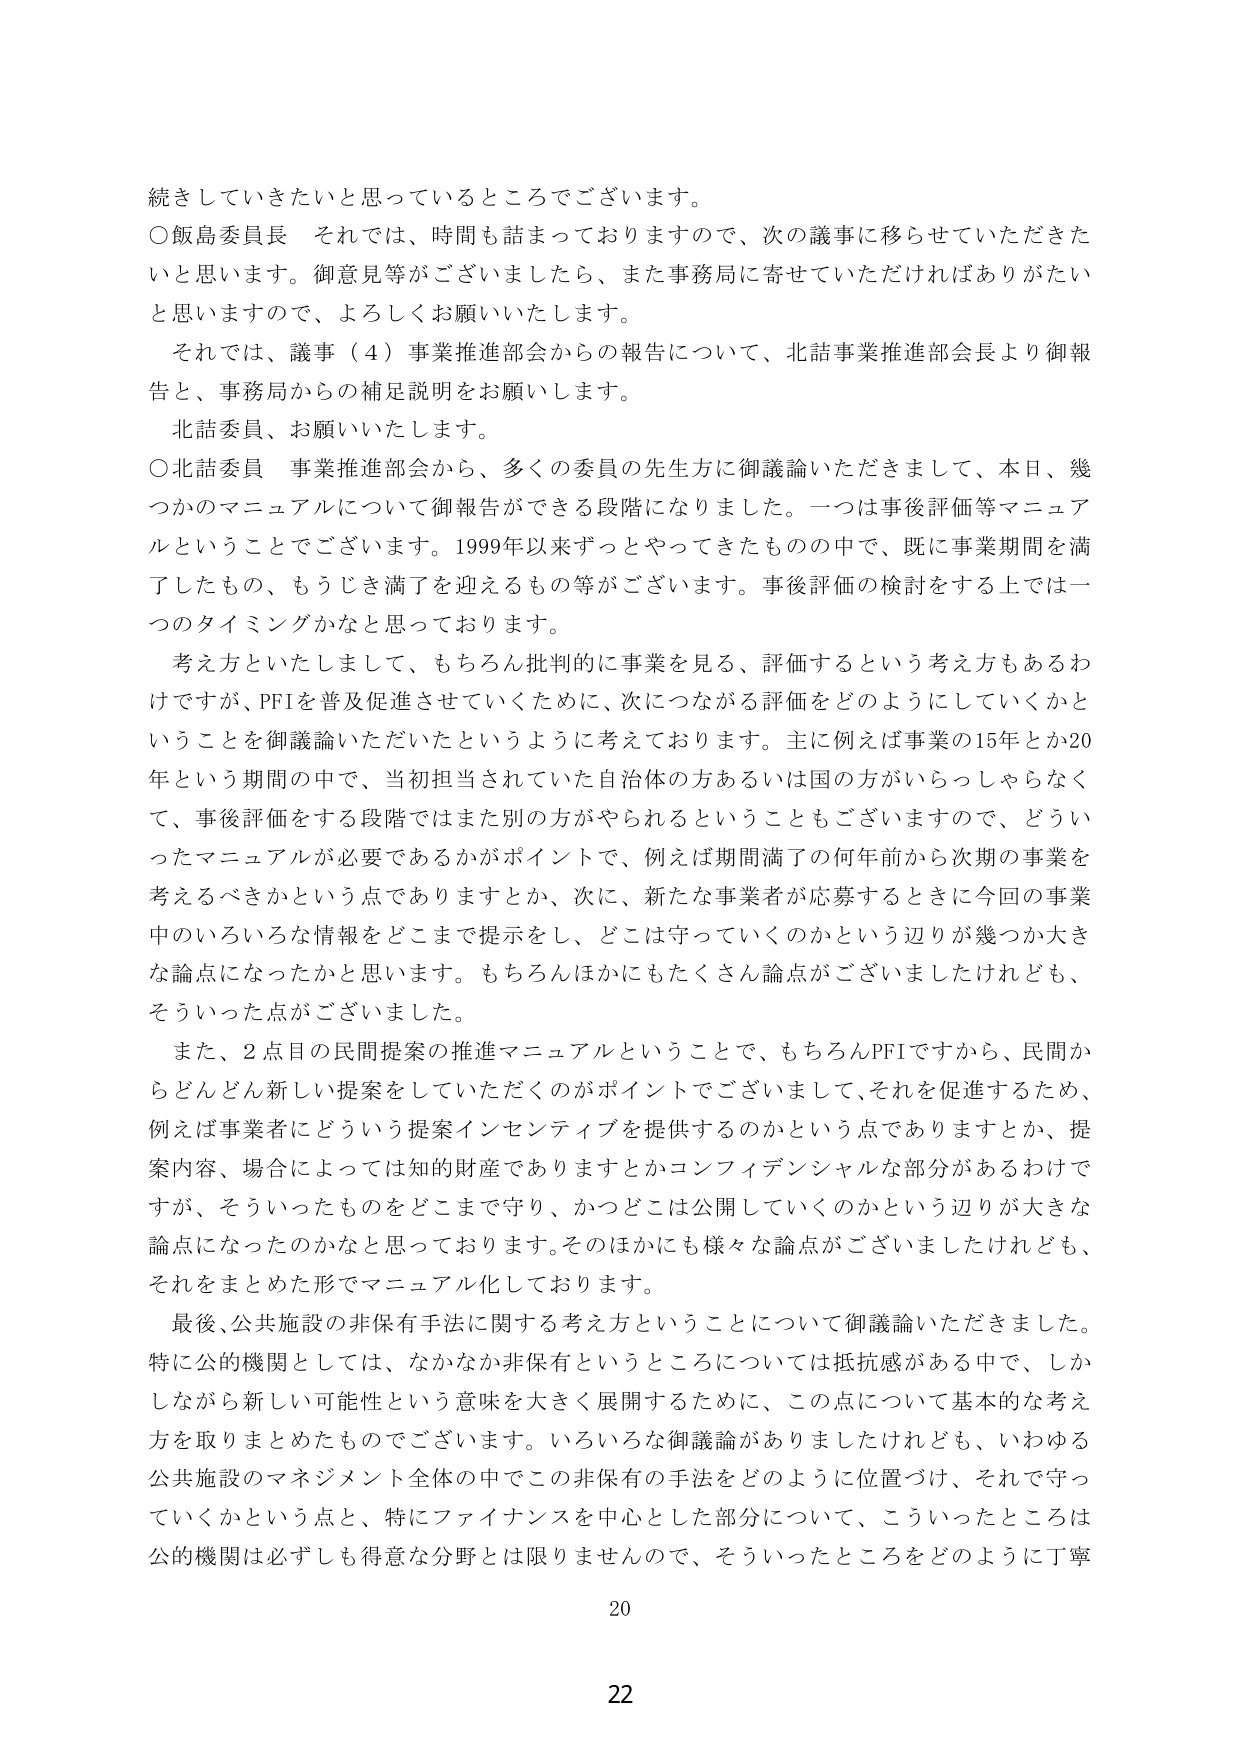
続きしていきたいと思っているところでございます。
○飯島委員長　それでは、時間も詰まっておりますので、次の議事に移らせていただきたいと思います。御意見等がございましたら、また事務局に寄せていただければありがたいと思いますので、よろしくお願いいたします。
　それでは、議事（４）事業推進部会からの報告について、北詰事業推進部会長より御報告と、事務局からの補足説明をお願いします。
　北詰委員、お願いいたします。
○北詰委員　事業推進部会から、多くの委員の先生方に御議論いただきまして、本日、幾つかのマニュアルについて御報告ができる段階になりました。一つは事後評価等マニュアルということでございます。1999年以来ずっとやってきたものの中で、既に事業期間を満了したもの、もうじき満了を迎えるもの等がございます。事後評価の検討をする上では一つのタイミングかなと思っております。
　考え方といたしまして、もちろん批判的に事業を見る、評価するという考え方もあるわけですが、PFIを普及促進させていくために、次につながる評価をどのようにしていくかということを御議論いただいたというように考えております。主に例えば事業の15年とか20年という期間の中で、当初担当されていた自治体の方あるいは国の方がいらっしゃらなくて、事後評価をする段階ではまた別の方がやられるということもございますので、どういったマニュアルが必要であるかがポイントで、例えば期間満了の何年前から次期の事業を考えるべきかという点でありますとか、次に、新たな事業者が応募するときに今回の事業中のいろいろな情報をどこまで提示をし、どこは守っていくのかという辺りが幾つか大きな論点になったかと思います。もちろんほかにもたくさん論点がございましたけれども、そういった点がございました。
　また、2点目の民間提案の推進マニュアルということで、もちろんPFIですから、民間からどんどん新しい提案をしていただくのがポイントでございまして、それを促進するため、例えば事業者にどういう提案インセンティブを提供するのかという点でありますとか、提案内容、場合によっては知的財産でありますとかコンフィデンシャルな部分があるわけですが、そういったものをどこまで守り、かつどこは公開していくのかという辺りが大きな論点になったのかなと思っております。そのほかにも様々な論点がございましたけれども、それをまとめた形でマニュアル化しております。
　最後、公共施設の非保有手法に関する考え方ということについて御議論いただきました。特に公的機関としては、なかなか非保有というところについては抵抗感がある中で、しかしながら新しい可能性という意味を大きく展開するために、この点について基本的な考え方を取りまとめたものでございます。いろいろな御議論がありましたけれども、いわゆる公共施設のマネジメント全体の中でこの非保有の手法をどのように位置づけ、それで守っていくかという点と、特にファイナンスを中心とした部分について、こういったところは公的機関は必ずしも得意な分野とは限りませんので、そういったところをどのように丁寧

20
22